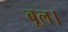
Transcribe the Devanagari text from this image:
बूल।